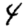
Digit: 4